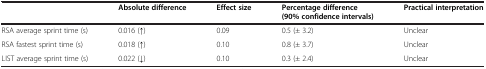
<table><thead><tr><td><b> </b></td><td><b>Absolute difference</b></td><td><b>Effect size</b></td><td><b>Percentage difference (90% confidence intervals)</b></td><td><b>Practical interpretation</b></td></tr></thead><tbody><tr><td>RSA average sprint time (s)</td><td>0.016 (↑)</td><td>0.09</td><td>0.5 (± 3.2)</td><td>Unclear</td></tr><tr><td>RSA fastest sprint time (s)</td><td>0.018 (↑)</td><td>0.10</td><td>0.8 (± 3.7)</td><td>Unclear</td></tr><tr><td>LIST average sprint time (s)</td><td>0.022 (↓)</td><td>0.10</td><td>0.3 (± 2.4)</td><td>Unclear</td></tr></tbody></table>